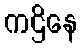
ကဌိနေ